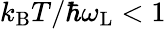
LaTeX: k_{\mathrm{B}}T/\hbar\omega_{\mathrm{L}}<1